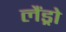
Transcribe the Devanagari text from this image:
लैंड्रो